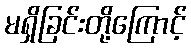
မရှိခြင်းတို့ကြောင့်